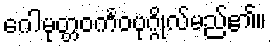
ဂေါမုတ္တဝင်္ကဝပုဂ္ဂိုလ်မည်၏။